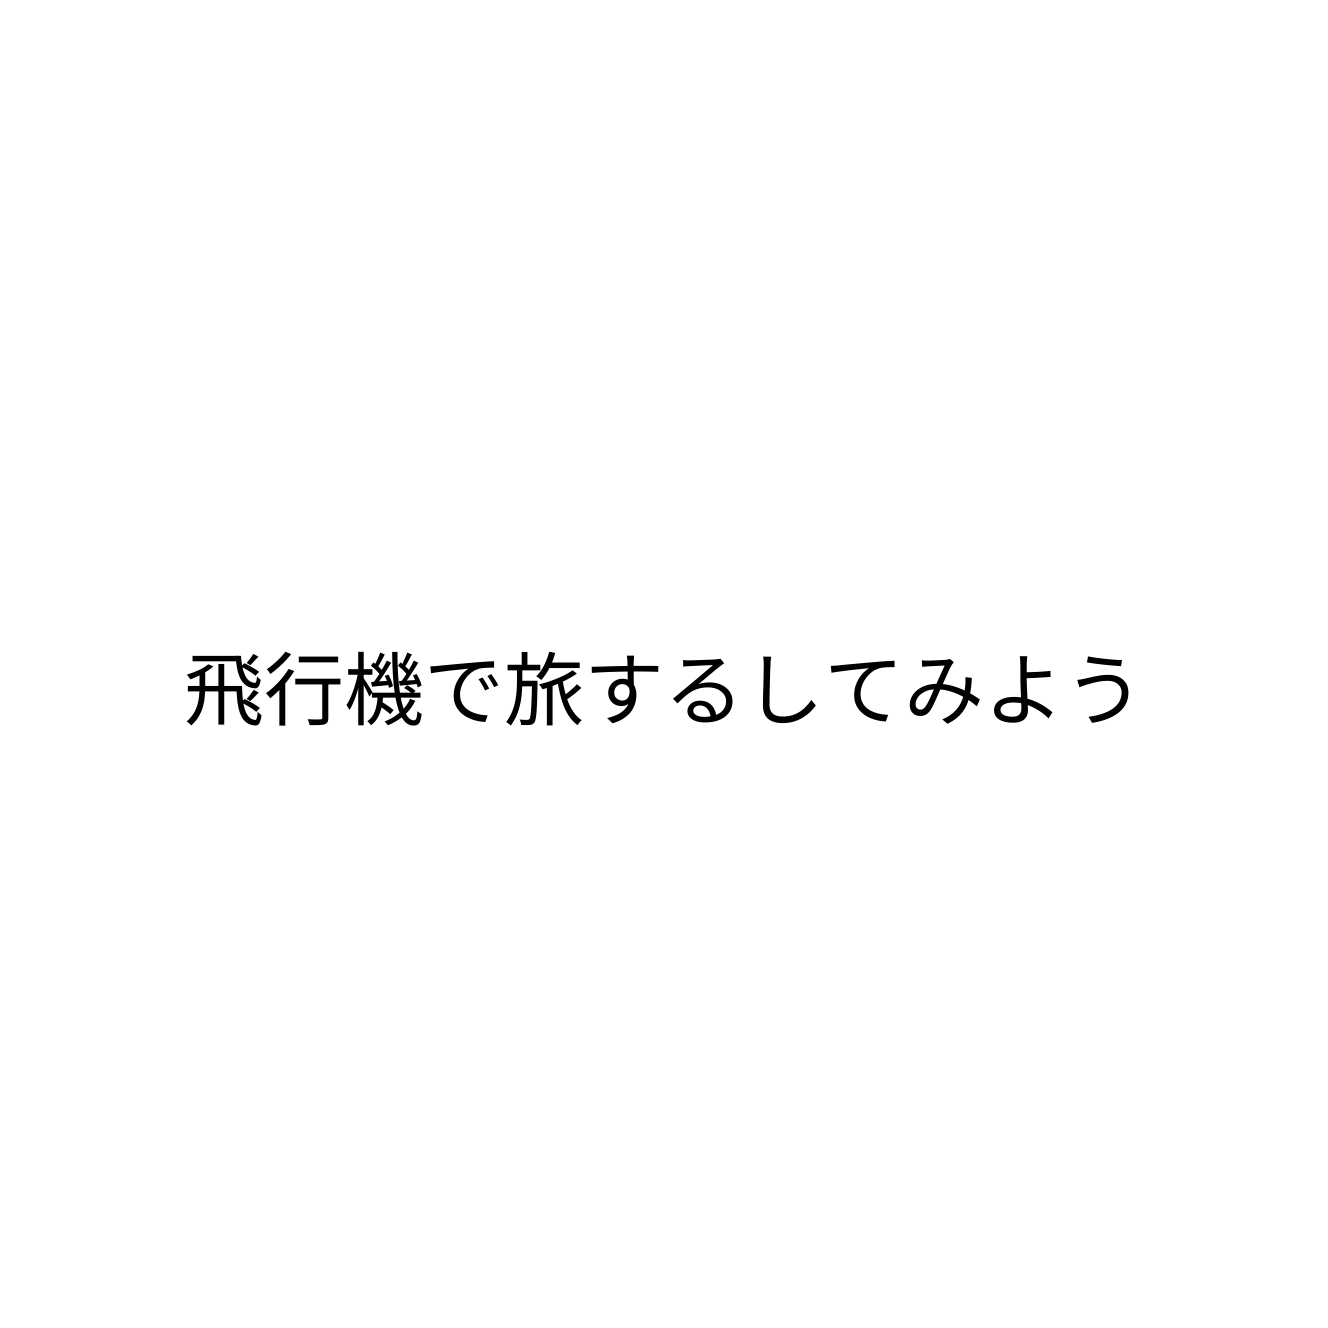
飛行機で旅するしてみよう